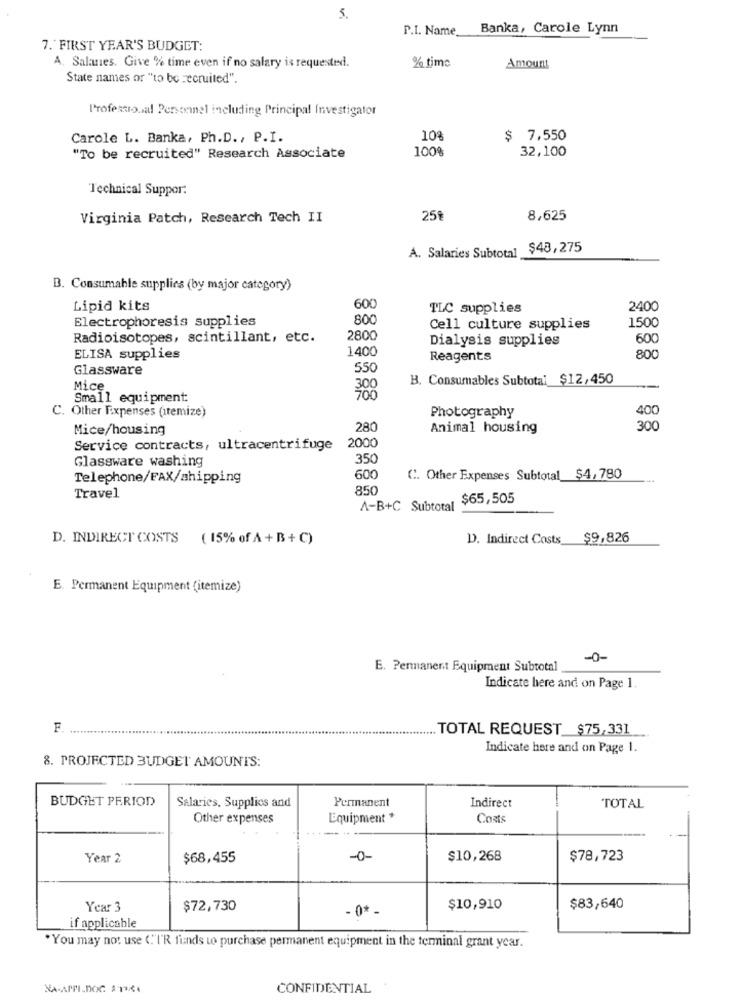
5.
P.I. Name Banka, Carole Lynn
7. FIRST YEAR'S BUDGET:
% time
Amount
A. Salanes. Give % time even if no salary is requested.
State names or "to be recruited".
Professional Personnel including Principal Investigator
Carole L. Banka, Ph.D ., P.I.
10%
$ 7.550
100%
32,100
"To be recruited" Research Associate
Technical Suppor:
Virginia Patch, Research Tech II
25º
8,625
A. Salaries Subtotal $48,275
B. Consumable supplies (by major category)
Lipid kits
600
TLC supplies
2400
Electrophoresis supplies
800
1500
Cell culture supplies
Radioisotopes, scintillant, etc.
2800
Dialysis supplies
600
1400
ELISA supplies
Reagents
800
Glassware
550
B. Consumables Subtotal $12,450
Mice
300
--
Small equipment:
400
C. Other Fixpenses (itemize)
Photography
Mice/housing
280
Animal housing
300
Service contracts, ultracentrifuge
2000
Glassware washing
350
Telephone/FAX/shipping
600
C. Other Expenses Subtotal $4, 780
850
Travel
$65,505
A-B+C Subtotal
D. INDIRECT COSTS ( 15% of A + B + C)
D. Indirect Costs $9,826
E. Permanent Equipment (itemize)
-0-
E. Permanent Equipment Subtotal
Indicate here and on Page 1.
F.
.TOTAL REQUEST_$75,331
Indicate here and on Page 1.
8. PROJECTED BUDGET AMOUNTS:
BUDGET PERIOD
Salaries, Supplies and
Permanent
Indirect
TOTAL
Other expenses
Equipment +
Coats
Year 2
$68,455
-0-
$10,268
$78,723
Year 3
$72,730
- 0* _
$10,910
$83,640
if applicable
*You may not use (""I'R finds to purchase permanent equipment in the terminal grant year.
CONFIDENTIAL